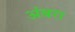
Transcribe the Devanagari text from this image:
अंबरा